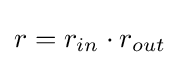
r=r_{in}\cdot r_{out}